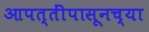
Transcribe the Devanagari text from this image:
आपत्तींपासूनच्या